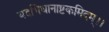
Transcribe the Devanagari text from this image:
यदभिधानाष्टकमिदम्।।